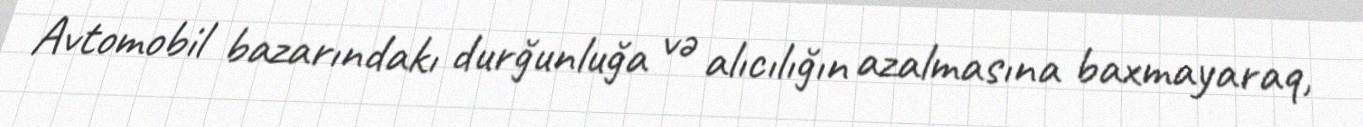
Avtomobil bazarındakı durğunluğa və alıcılığın azalmasına baxmayaraq,